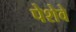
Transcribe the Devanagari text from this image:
पेशेवे